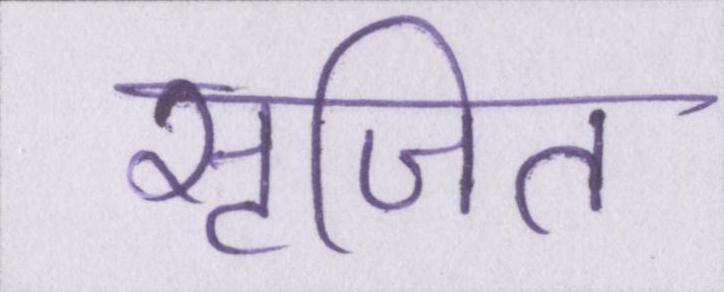
सृजित